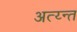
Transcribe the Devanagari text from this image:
अत्य्न्त